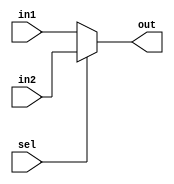


module mux_2x1(
	input [31:0] in1,
	input [31:0] in2,
	input sel,
	output [31:0]out
);

assign out = (sel==0) ? in1 : in2;


endmodule